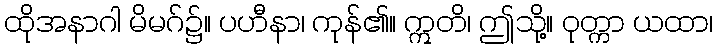
ထိုအနာဂါ မိမဂ်၌။ ပဟီနာ၊ ကုန်၏။ ဣတိ၊ ဤသို့။ ဝုတ္ကာ ယထာ၊